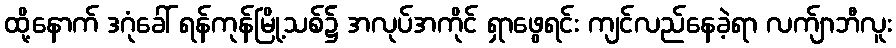
ထို့နောက် ဒဂုံခေါ် ရန်ကုန်မြို့သစ်၌ အလုပ်အကိုင် ရှာဖွေရင်း ကျင်လည်နေခဲ့ရာ လက်ျာဘီလူး